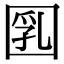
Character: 𡇲